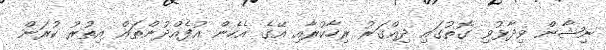
ނިޝާން ވިދާޅުވި ގޮތުގައި ދިއްގަރު ރިހާކުރާއި އޭގެ އެހެން އުފެއްދުންތައް އިތުރު ކުރަން